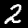
Label: 2